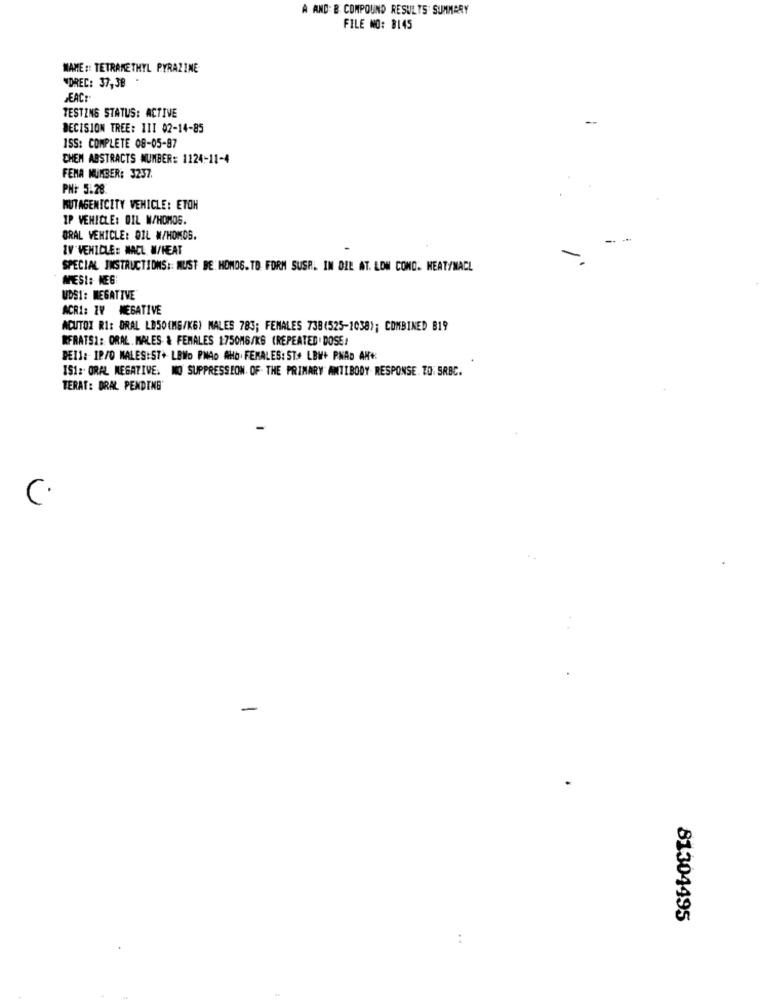
A AND: & COMPOUND RESULTS SUMMARY
FILE NO: 8145
MAME :: TETRAME THYL PYRAZINE
VOREC: 37,38
EAC:
TESTING STATUS: ACTIVE
--
DECISION TREE: III 02-14-85
ISS: COMPLETE 08-05-87
CHEM ABSTRACTS NUMBER: 1124-11-4
FEMA NUMBER: 3237.
PN: 5.28
MUTAGENICITY VEHICLE: ETOH
IP VEHICLE: OIL W/HOMOG.
ORAL VEHICLE: OIL W/HOMOS.
IV VEHICLE: NACL W/HEAT
.
SPECIAL INSTRUCTIONS :: MUST BE HOMOS.TO FORM SUSP. IN DIE AT. LOW CONO. HEAT/MACL
MESI: NEG
UDS1: NEGATIVE
ACRI: IV NEGATIVE
ACUTOI RI: ORAL LD50(MG/KG) MALES 783; FEMALES 738(525-1038); COMBINED B19
RFRATS1: ORAL. MALES & FEMALES 1:750M6/KS (REPEATED . DOSE!
BEI1: IP/O MALES:57+ LBWo PNAD #Hb FEMALES: ST+ LBW+ PHAD AN*
151: ORAL NEGATIVE. NO SUPPRESSION OF. THE PRIMARY ANTIBODY RESPONSE. TO: SRBC.
TERAT: DRAL PENDING
C
-
81304495
: